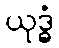
ယုဒ္ဓံ